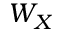
W _ { X }